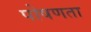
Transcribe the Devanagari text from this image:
पोषणता